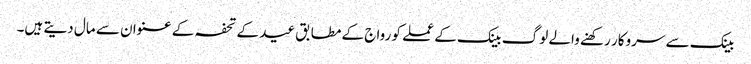
بینک سے سروکار رکھنے والے لوگ بینک کے عملے کو رواج کے مطابق عید کے تحفہ کے عنوان سے مال دیتے ہیں۔